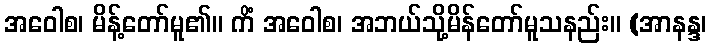
အဝေါစ၊ မိန့်တော်မူ၏။ ကိံ အဝေါစ၊ အဘယ်သို့မိန်တော်မူသနည်း။ (အာနန္ဒ၊